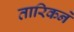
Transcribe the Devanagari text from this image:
तारिकने